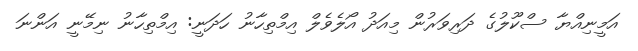
އަމީނިއްޔާ ސްކޫލުގެ ދަރިވަރުން މިއަދު އޯލެވެލް އިމްތިހާނު ހަދަނީ: އިމްތިހާނު ނިމޭނީ އަންނަ